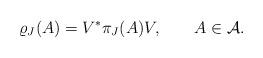
LaTeX: \begin{align*}\varrho_J(A) = V^* \pi_J(A) V,\qquad A\in{\cal A}.\end{align*}